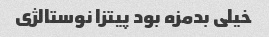
خیلی بدمزه بود پیتزا نوستالژی